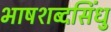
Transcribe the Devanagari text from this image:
भाषशब्दसिंधु